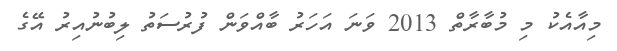
މިއާއެކު މި މުބާރާތް 2013 ވަނަ އަހަރު ބާއްވަން ފުރުސަތު ލިބުނުއިރު އޭގެ